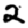
Digit: 2